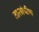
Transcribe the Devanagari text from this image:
तासांचीच